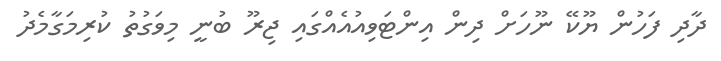
ދާދި ފަހުން ޔޫކޭ ނޫހަށް ދިން އިންޓަވިއުއެއްގައި ޖިރޫ ބުނީ މިވަގުތު ކުރިމަގާމެދު